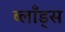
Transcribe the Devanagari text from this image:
ब्लाँड्स